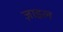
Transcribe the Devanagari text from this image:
ज़ाइल